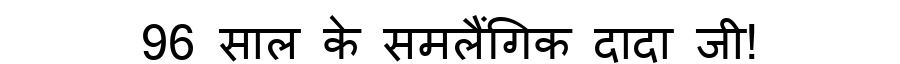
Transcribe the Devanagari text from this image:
96 साल के समलैंगिक दादा जी!